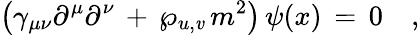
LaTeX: \left(\gamma_{\mu\nu}\partial^{\mu}\partial^{\nu}\, +\, \wp_{u,\mathit{v}}\, m^{2}\right)\, \psi(x)\, =\, 0\quad,